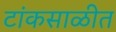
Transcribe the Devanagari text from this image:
टांकसाळीत